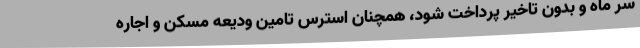
سر ماه و بدون تاخیر پرداخت شود، همچنان استرس تامین ودیعه مسکن و اجاره